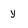
Character: y